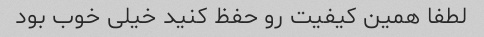
لطفا همین کیفیت رو حفظ کنید خیلی خوب بود